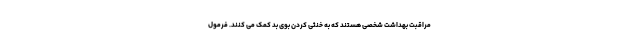
مراقبت بهداشت شخصی هستند که به خنثی کردن بوی بد کمک می کنند. فرمول